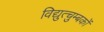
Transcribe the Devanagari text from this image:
विद्युत्चुम्बकों